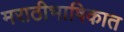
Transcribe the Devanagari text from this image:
मराठीभाषिकात